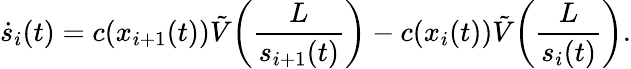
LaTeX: \dot{s}_{i}(t)=c(x_{i+1}(t))\tilde{V}\! \left(\frac{L}{s_{i+1}(t)}\right)-c(x_{i}(t))\tilde{V}\! \left(\frac{L}{s_{i}(t)}\right).